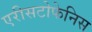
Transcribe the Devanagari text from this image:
एरीसटोफेनिस